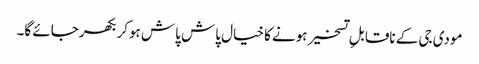
مودی جی کے ناقابلِ تسخیر ہونے کا خیال پاش پاش ہوکر بکھرجائے گا۔